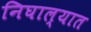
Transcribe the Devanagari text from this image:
निघाल्यात